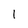
Character: 1